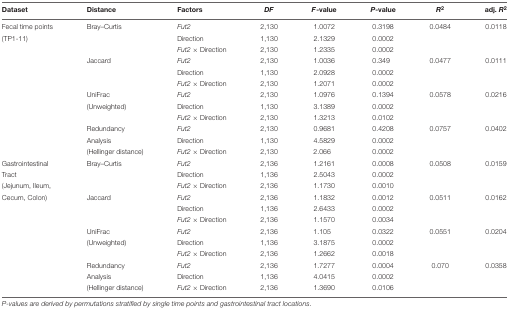
<table><thead><tr><td><b>Dataset</b></td><td><b>Distance</b></td><td><b>Factors</b></td><td><b><i>DF</i></b></td><td><b><i>F</i>-value</b></td><td><b><i>P</i>-value</b></td><td><b><i>R</i><sup>2</sup></b></td><td><b>adj. <i>R</i><sup>2</sup></b></td></tr></thead><tbody><tr><td>Fecal time points</td><td>Bray–Curtis</td><td><i>Fut2</i></td><td>2,130</td><td>1.0072</td><td>0.3198</td><td>0.0484</td><td>0.0118</td></tr><tr><td>(TP1-11)</td><td></td><td>Direction</td><td>1,130</td><td>2.1329</td><td>0.0002</td><td></td><td></td></tr><tr><td></td><td></td><td><i>Fut2</i> × Direction</td><td>2,130</td><td>1.2335</td><td>0.0002</td><td></td><td></td></tr><tr><td></td><td>Jaccard</td><td><i>Fut2</i></td><td>2,130</td><td>1.0036</td><td>0.349</td><td>0.0477</td><td>0.0111</td></tr><tr><td></td><td></td><td>Direction</td><td>1,130</td><td>2.0928</td><td>0.0002</td><td></td><td></td></tr><tr><td></td><td></td><td><i>Fut2</i> × Direction</td><td>2,130</td><td>1.2071</td><td>0.0002</td><td></td><td></td></tr><tr><td></td><td>UniFrac</td><td><i>Fut2</i></td><td>2,130</td><td>1.0976</td><td>0.1394</td><td>0.0578</td><td>0.0216</td></tr><tr><td></td><td>(Unweighted)</td><td>Direction</td><td>1,130</td><td>3.1389</td><td>0.0002</td><td></td><td></td></tr><tr><td></td><td></td><td><i>Fut2</i> × Direction</td><td>2,130</td><td>1.3213</td><td>0.0102</td><td></td><td></td></tr><tr><td></td><td>Redundancy</td><td><i>Fut2</i></td><td>2,130</td><td>0.9681</td><td>0.4208</td><td>0.0757</td><td>0.0402</td></tr><tr><td></td><td>Analysis</td><td>Direction</td><td>1,130</td><td>4.5829</td><td>0.0002</td><td></td><td></td></tr><tr><td></td><td>(Hellinger distance)</td><td><i>Fut2</i> × Direction</td><td>2,130</td><td>2.066</td><td>0.0002</td><td></td><td></td></tr><tr><td>Gastrointestinal</td><td>Bray–Curtis</td><td><i>Fut2</i></td><td>2,136</td><td>1.2161</td><td>0.0008</td><td>0.0508</td><td>0.0159</td></tr><tr><td>Tract</td><td></td><td>Direction</td><td>1,136</td><td>2.5043</td><td>0.0002</td><td></td><td></td></tr><tr><td>(Jejunum, Ileum,</td><td></td><td><i>Fut2</i> × Direction</td><td>2,136</td><td>1.1730</td><td>0.0010</td><td></td><td></td></tr><tr><td>Cecum, Colon)</td><td>Jaccard</td><td><i>Fut2</i></td><td>2,136</td><td>1.1832</td><td>0.0012</td><td>0.0511</td><td>0.0162</td></tr><tr><td></td><td></td><td>Direction</td><td>1,136</td><td>2.6433</td><td>0.0002</td><td></td><td></td></tr><tr><td></td><td></td><td><i>Fut2</i> × Direction</td><td>2,136</td><td>1.1570</td><td>0.0034</td><td></td><td></td></tr><tr><td></td><td>UniFrac</td><td><i>Fut2</i></td><td>2,136</td><td>1.105</td><td>0.0322</td><td>0.0551</td><td>0.0204</td></tr><tr><td></td><td>(Unweighted)</td><td>Direction</td><td>1,136</td><td>3.1875</td><td>0.0002</td><td></td><td></td></tr><tr><td></td><td></td><td><i>Fut2</i> × Direction</td><td>2,136</td><td>1.2662</td><td>0.0018</td><td></td><td></td></tr><tr><td></td><td>Redundancy</td><td><i>Fut2</i></td><td>2,136</td><td>1.7277</td><td>0.0004</td><td>0.070</td><td>0.0358</td></tr><tr><td></td><td>Analysis</td><td>Direction</td><td>1,136</td><td>4.0415</td><td>0.0002</td><td></td><td></td></tr><tr><td></td><td>(Hellinger distance)</td><td><i>Fut2</i> × Direction</td><td>2,136</td><td>1.3690</td><td>0.0106</td><td></td><td></td></tr></tbody></table>